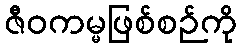
ဇီဝကမ္မဖြစ်စဉ်ကို